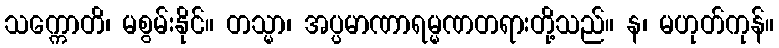
သက္ကောတိ၊ မစွမ်းနိုင်။ တသ္မာ၊ အပ္ပမာဏာရမ္မဏတရားတို့သည်။ န၊ မဟုတ်ကုန်။